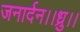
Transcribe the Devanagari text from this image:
जनार्दन।।ध्रु।।